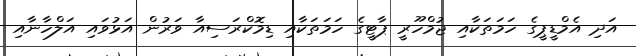
އަދި އެމްޑީޕީގެ ހަމަތަކާއި ޖުމްހޫރީ ޕާޓީގެ ހަމަތަކާއި ޑިމޮކްރަސިއާ ވަރުން އަޅުވައި އަލްހާނާއި